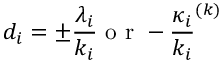
d _ { i } = \pm \frac { \lambda _ { i } } { k _ { i } } \mathrm { ~ o ~ r ~ } - \frac { \kappa _ { i } } { k _ { i } } ^ { ( k ) }